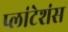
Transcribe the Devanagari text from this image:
प्लांटेशंस